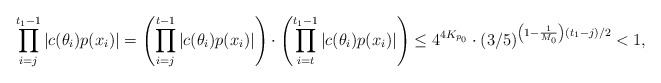
\begin{align*}\prod \limits_{i=j}^{t_1 - 1} |c(\theta_i)p(x_i)| = \left( \prod \limits_{i=j}^{t - 1} |c(\theta_i)p(x_i)| \right)\cdot \left( \prod \limits_{i=t}^{t_1 - 1} |c(\theta_i)p(x_i)| \right) \leq 4^{4K_{p_0}} \cdot (3/5)^{\left(1 - \frac1{M_0} \right)(t_1 - j)/2} < 1,\end{align*}